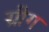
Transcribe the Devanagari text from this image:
ग्रीग